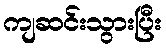
ကျဆင်းသွားပြီး